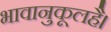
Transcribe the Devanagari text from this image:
भावानुकूलहै।